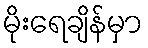
မိုးရေချိန်မှာ